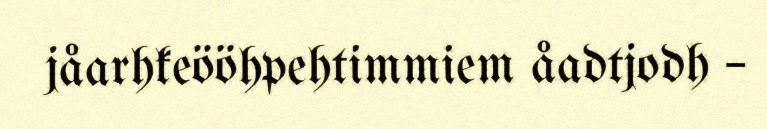
jåarhkeööhpehtimmiem åadtjodh –